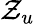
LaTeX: \mathcal{Z}_{u}